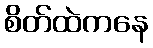
စိတ်ထဲကနေ